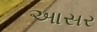
આસર